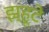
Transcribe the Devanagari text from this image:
झ्हूटे